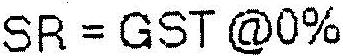
SR = GST @0%